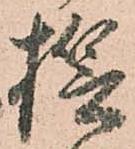
誓